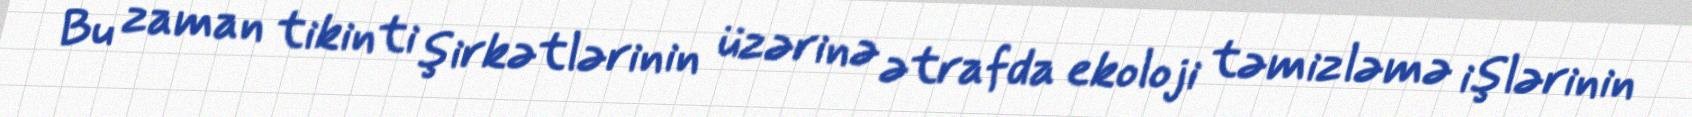
Bu zaman tikinti şirkətlərinin üzərinə ətrafda ekoloji təmizləmə işlərinin